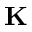
{ \mathbf K }